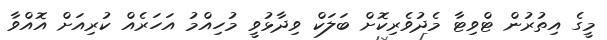
މީގެ އިތުރުން ޓްވިޓާ މެދުވެރިކޮށް ބަލަކް ވިދާޅުވީ މުހިއްމު އަހަރެއް ކުރިއަށް އޮއްވާ